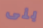
بنى